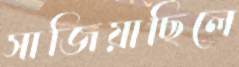
সাজিয়াছিলে